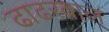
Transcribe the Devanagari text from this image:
ढाढरवाल्